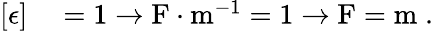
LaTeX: \begin{array}{rl}{[\epsilon]}&{{}=1\rightarrow\mathrm{F}\cdot\mathrm{m}^{-1}=1\rightarrow\mathrm{F}=\mathrm{m}\; .}\end{array}